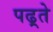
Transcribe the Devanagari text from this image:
पढ़्ते